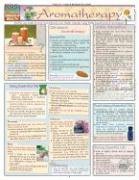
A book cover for Aromatherapy (Quickstudy: Health); Inc. BarCharts; Health, Fitness & Dieting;